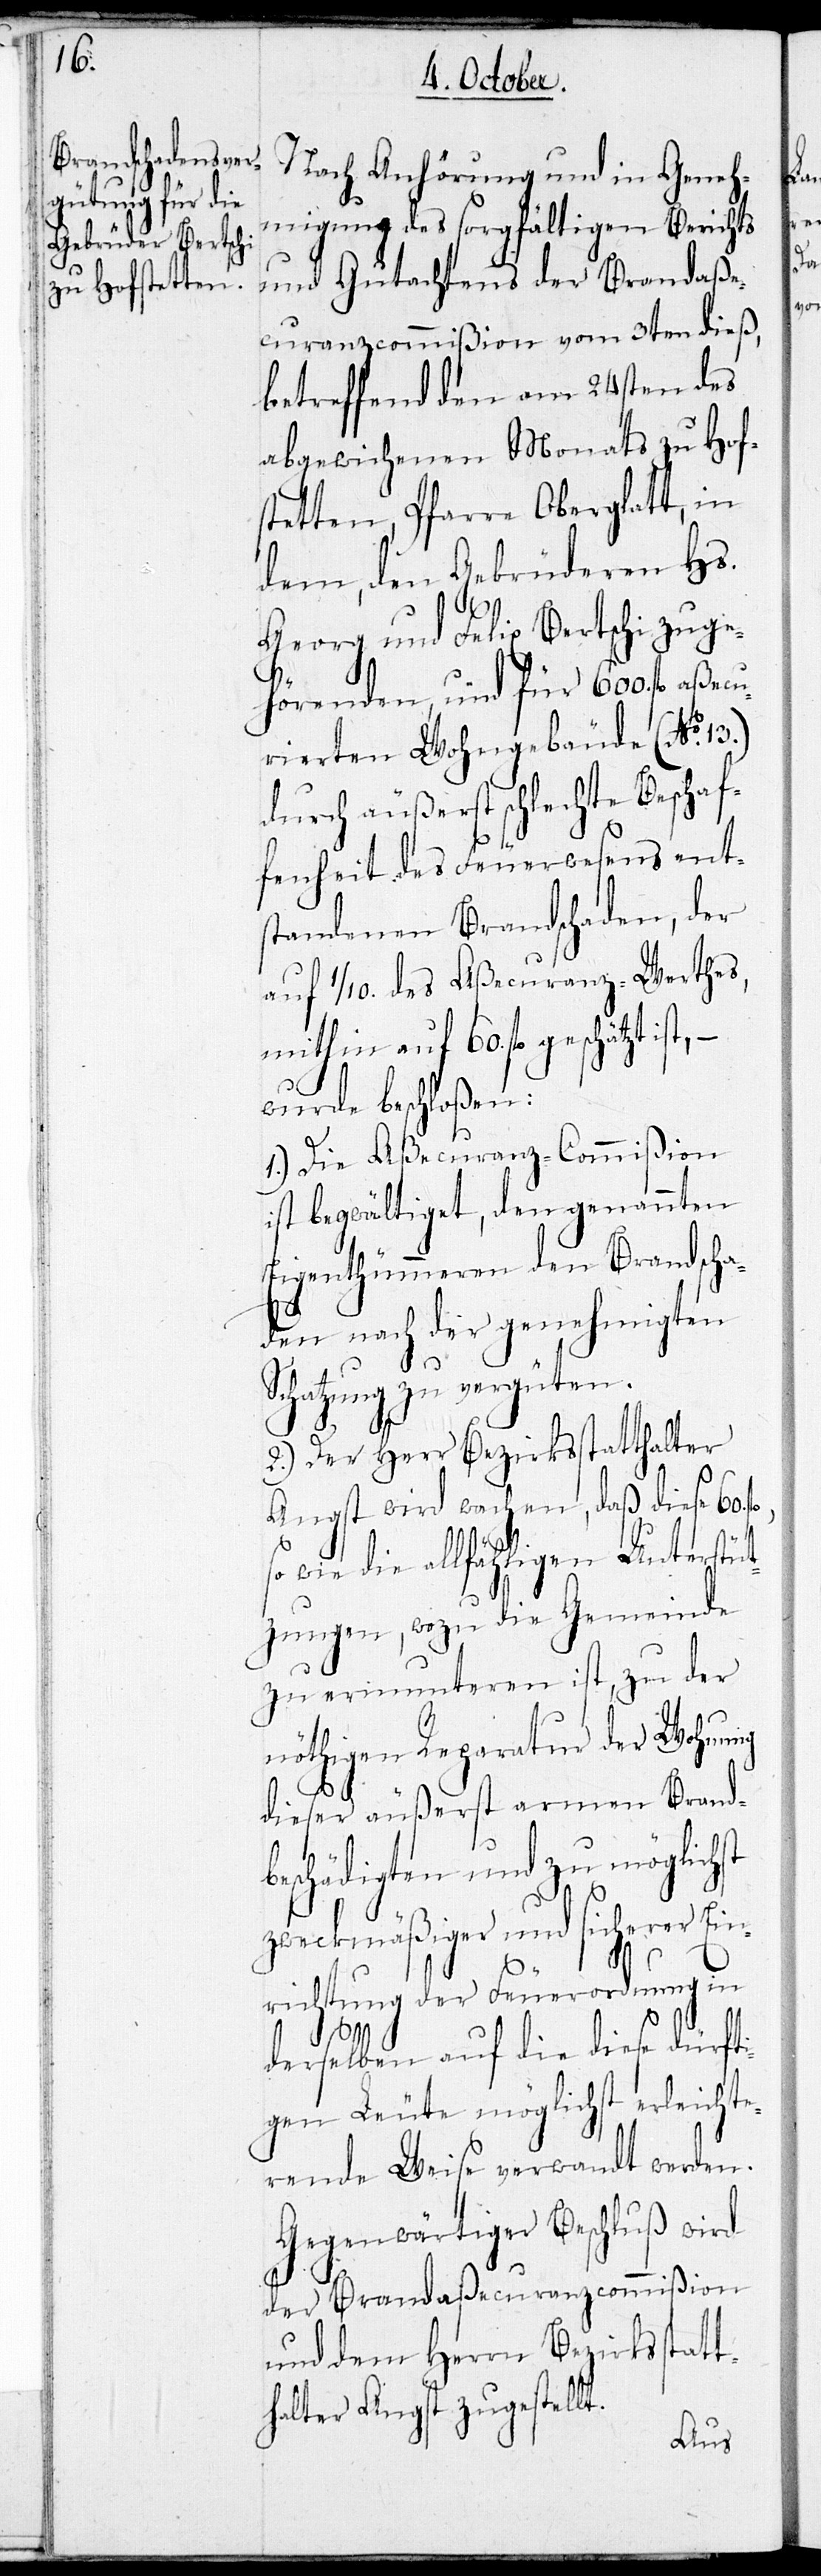
Nach Anhörung und in Geneh¬
migung des sorgfältigen Berichts
und Gutachtens der Brandaße¬
curanzcommißion vom 3ten dieß,
betreffend den am 24sten des
abgewichenen Monats zu Hof¬
stetten, Pfarre Oberglatt, in
dem, den Gebrüder Hs.
fl.
Georg und Felix Bertschi zuge¬
hörenden, und für 600. fl. aßecu¬
rierten Wohngebäude (No.
durch äußerst schlechte Beschaf¬
fenheit des Feuerwesens ent¬
standenen Brandschaden, der
auf 1/10. des Aßecuranz-Werthes,
mithin auf 60. fl. geschätzt ist,
wurde beschloßen:
1.) Die Aßecuranz-Commißion
ist begwältiget, den genannten
Eigenthümeren den Brandscha¬
den nach der genehmigten
chatzung zu vergüten.
2.) Der Herr Bezirksstatthalter
Angst wird wachen, daß diese 60.
sowie die allfähligen Unterstüt¬
zungen, wozu die Gemeinde
zu ermunteren ist, zu der
nöthigen Reparatur der Wohnung
dieser äußerst armen Brand¬
beschädigten und zu möglichst
zweckmäßiger und sicherer Ein¬
richtung der Feuerordnung in
derselben auf die diese dürfti¬
gen Leüte möglichst erleichte¬
rende Weise verwandt werden.
Gegenwärtiger Beschluß wird
der Brandaßecuranzcommißion
und dem Herrn Bezirksstatt¬
halter Angst zugestellt.

S¬